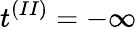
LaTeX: t^{(II)}=-\infty